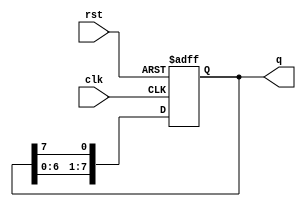
`timescale 1ns / 1ps
//////////////////////////////////////////////////////////////////////////////////
// Company: 
// Engineer: 
// 
// Design Name: 
// Module Name: lab3_4
// Project Name: 
// Target Devices: 
// Tool Versions: 
// Description: 
// 
// Dependencies: 
// 
// Revision:
// Revision 0.01 - File Created
// Additional Comments:
// 
//////////////////////////////////////////////////////////////////////////////////


module shift_reg(q,clk,rst);
    input clk, rst;
    output [7:0]q;
    reg [7:0]q;

always@(posedge clk or posedge rst)
    if(rst) 
        begin
            q[7]<=1;
            q[6]<=0;
            q[5]<=1;
            q[4]<=0;
            q[3]<=1;
            q[2]<=0;
            q[1]<=1;
            q[0]<=0;
        end
    else
        begin
            q[7]<=q[6];
            q[6]<=q[5];
            q[5]<=q[4];
            q[4]<=q[3];
            q[3]<=q[2];
            q[2]<=q[1];
            q[1]<=q[0];
            q[0]<=q[7];
        end

endmodule